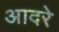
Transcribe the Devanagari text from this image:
आदरे